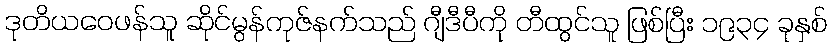
ဒုတိယဝေဖန်သူ ဆိုင်မွန်ကုဇ်နက်သည် ဂျီဒီပီကို တီထွင်သူ ဖြစ်ပြီး ၁၉၃၄ ခုနှစ်